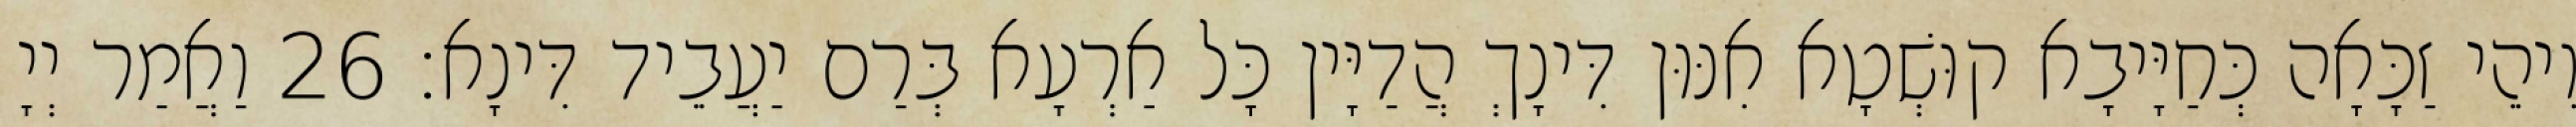
וִיהֵי זַכָּאָה כְּחַיָּיבָא קוּשְׁטָא אִנּוּן דִּינָךְ הֲדַיָּין כָּל אַרְעָא בְּרַם יַעֲבֵיד דִּינָא׃ 26 וַאֲמַר יְיָ